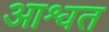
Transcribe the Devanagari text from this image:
आश्वत